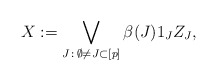
\begin{align*}X:= \bigvee_{J\,:\, \emptyset\not=J\subset [p]} \beta(J) 1_J Z_J,\end{align*}